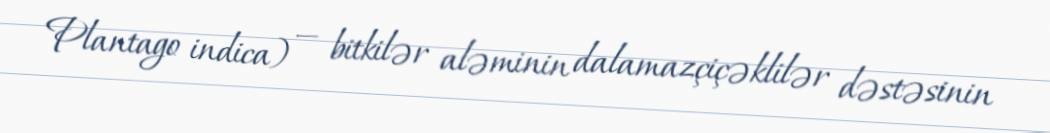
Plantago indica) — bitkilər aləminin dalamazçiçəklilər dəstəsinin